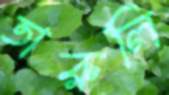
তারুলি